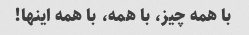
با همه چیز، با همه، با همه اینها!